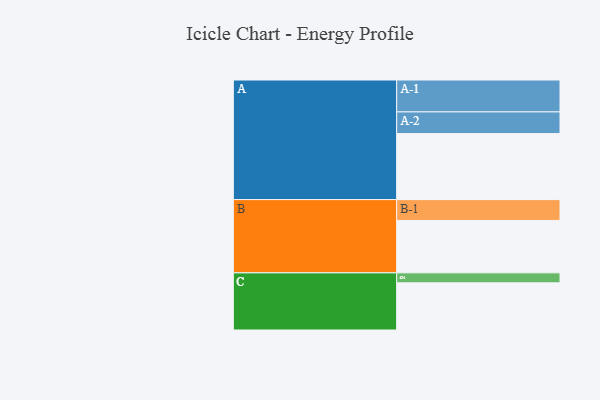
{"axis": {"x": "Segment", "y": "Value"}, "legend": ["", "A", "B", "C"], "data": [{"x": "A", "y": 536, "type": ""}, {"x": "B", "y": 426, "type": ""}, {"x": "C", "y": 383, "type": ""}, {"x": "A-1", "y": 259, "type": "A"}, {"x": "A-2", "y": 176, "type": "A"}, {"x": "B-1", "y": 169, "type": "B"}, {"x": "C-1", "y": 81, "type": "C"}]}